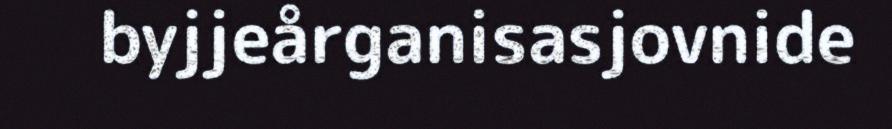
byjjeårganisasjovnide